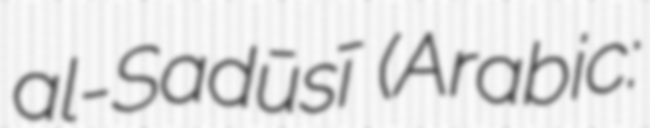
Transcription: al-Sadūsī (Arabic: